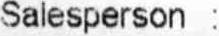
SALESPERSON :